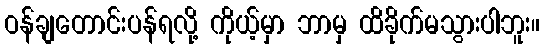
ဝန်ချတောင်းပန်ရလို့ ကိုယ့်မှာ ဘာမှ ထိခိုက်မသွားပါဘူး။